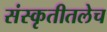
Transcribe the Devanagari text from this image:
संस्कृतीतलेच